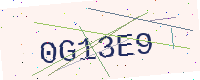
Text: 0G13E9